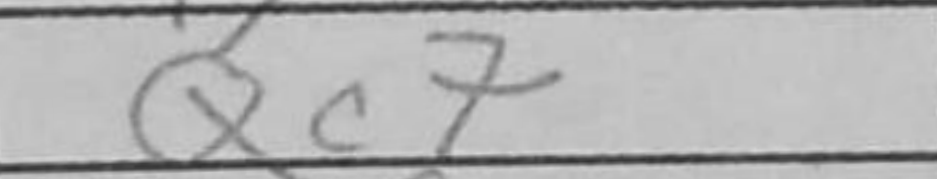
Transcription: Qc7